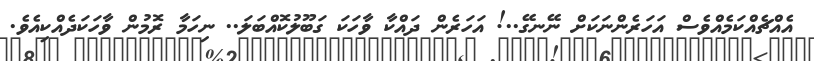
އެއްޗެއްކަމެއްވެސް އަހަރެންނަކަށް ނޭނގޭ..! އަހަރެން ދައްކާ ވާހަކަ ގަބޫލުކޮއްބަލަ.. ނިހަމާ ރޮމުން ވާހަކަދެއްކިއެވެ.